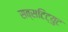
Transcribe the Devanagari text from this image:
सब्सटिट्युट